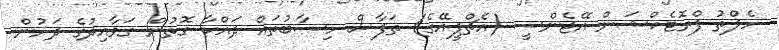
ހެލްތު ޕްރޮޓެކްޝަން އޭޖެންސީ (އެޗްޕީއޭގެ) ތަފާސް ހިސާބުތައް ދައްކާ ގޮތުން ގަވާއިދުގެ ދަށުން